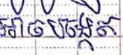
អាចបង្កើត